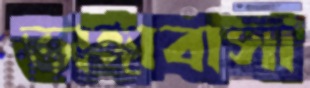
ভাঙ্গাবাসা